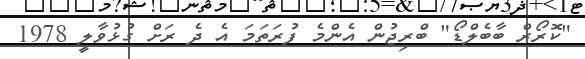
"ކޮރޯރް ބާބެލްޑޯ" ބްރިޖުން އެންމެ ފުރަތަމަ އެ ދެ ރަށް ގުޅުވާލީ 1978